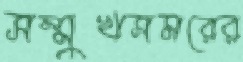
সম্মুখসমরের